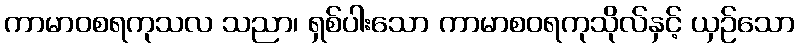
ကာမာဝစရကုသလ သညာ၊ ရှစ်ပါးသော ကာမာစဝရကုသိုလ်နှင့် ယှဉ်သော